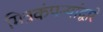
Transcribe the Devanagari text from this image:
मित्रकंपन्यांद्वारे